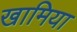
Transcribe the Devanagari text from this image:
खामिया